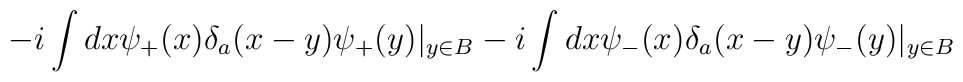
-i\int dx\psi_{+}(x)\delta_{a}(x-y)\psi_{+}(y)|_{y\in B}-i\int dx \psi_{-}(x)\delta_{a}(x-y)\psi_{-}(y)|_{y\in B}